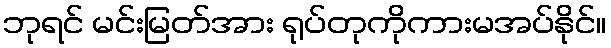
ဘုရင် မင်းမြတ်အား ရုပ်တုကိုကားမအပ်နိုင်။